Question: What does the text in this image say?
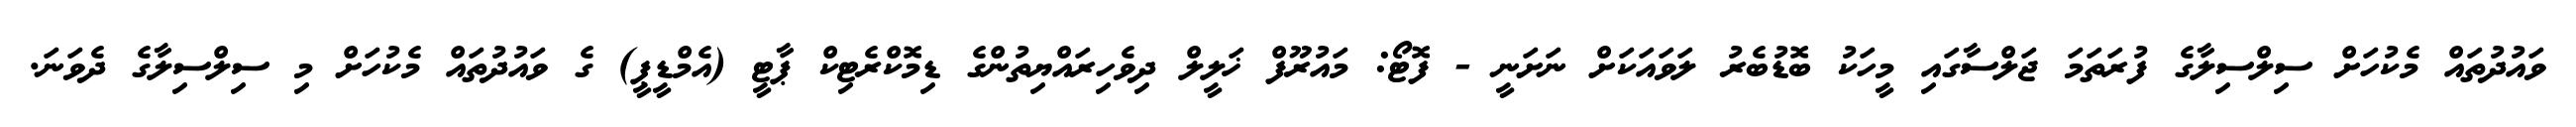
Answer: ވައުދުތައް މެކުހަށް ސިލްސިލާގެ ފުރަތަމަ ޖަލްސާގައި މީހަކު ބޮޑުބެރު ލަވައަކަށް ނަށަނީ - ފޮޓޯ: މައުރޫފް ޚަލީލް ދިވެހިރައްޔިތުންގެ ޑިމޮކްރެޓިކް ޕާޓީ (އެމްޑީޕީ) ގެ ވައުދުތައް މެކުހަށް މި ސިލްސިލާގެ ދެވަނަ.